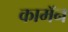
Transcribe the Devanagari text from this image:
कामॅन